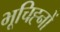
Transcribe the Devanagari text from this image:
भूचिह्नों